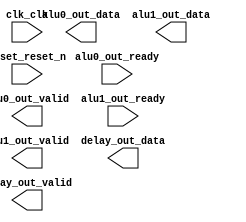

module lab_PD1_sys (
	alu0_out_data,
	alu0_out_ready,
	alu0_out_valid,
	alu1_out_data,
	alu1_out_ready,
	alu1_out_valid,
	clk_clk,
	delay_out_valid,
	delay_out_data,
	reset_reset_n);	

	output	[31:0]	alu0_out_data;
	input		alu0_out_ready;
	output		alu0_out_valid;
	output	[31:0]	alu1_out_data;
	input		alu1_out_ready;
	output		alu1_out_valid;
	input		clk_clk;
	output		delay_out_valid;
	output	[31:0]	delay_out_data;
	input		reset_reset_n;
endmodule